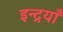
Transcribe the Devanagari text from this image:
इन्द्रयाँ